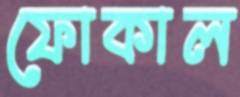
ফোকাল